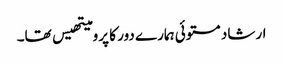
ارشاد مستوئی ہمارے دور کا پرومیتھیس تھا۔